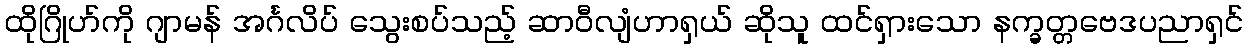
ထိုဂြိုဟ်ကို ဂျာမန် အင်္ဂလိပ် သွေးစပ်သည့် ဆာဝီလျံဟာရှယ် ဆိုသူ ထင်ရှားသော နက္ခတ္တဗေဒပညာရှင်